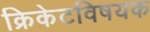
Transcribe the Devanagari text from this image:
क्रिकेटविषयक